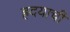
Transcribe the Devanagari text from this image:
ह्रदयाची